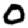
Digit: 0